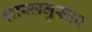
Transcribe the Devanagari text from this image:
शास्त्रनुसार